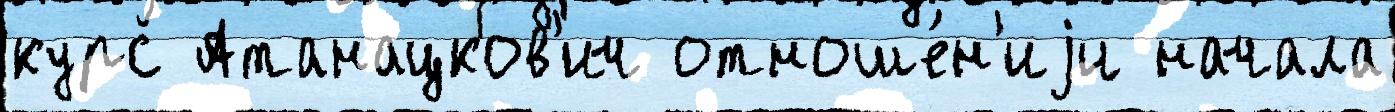
курс Атанацков'ич отноше́н'иjи начала